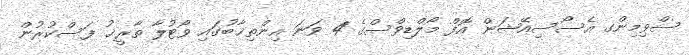
ސްވިމިންގ އެސޯސިއޭޝަން އޮފް މޯލްޑިވްސްގެ 4 ވަނަ އިންތިޚާބުގައި ވޯޓުލާ ތާރީޚު ފަސްކުރުން